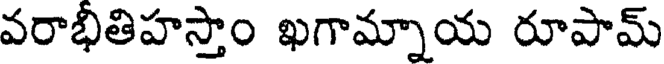
వరాభీతిహస్తాం ఖగామ్నాయ రూపామ్